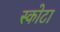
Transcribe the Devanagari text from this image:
स्कोटा